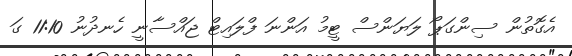
އެގޮތުން ސިންގަޕޯ ލަޔަންސް ޓީމު އަންނަ ފްލައިޓް ޖައްސާނީ ހެނދުނު 11:10 ގަ